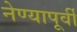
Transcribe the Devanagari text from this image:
नेण्यापूर्वी